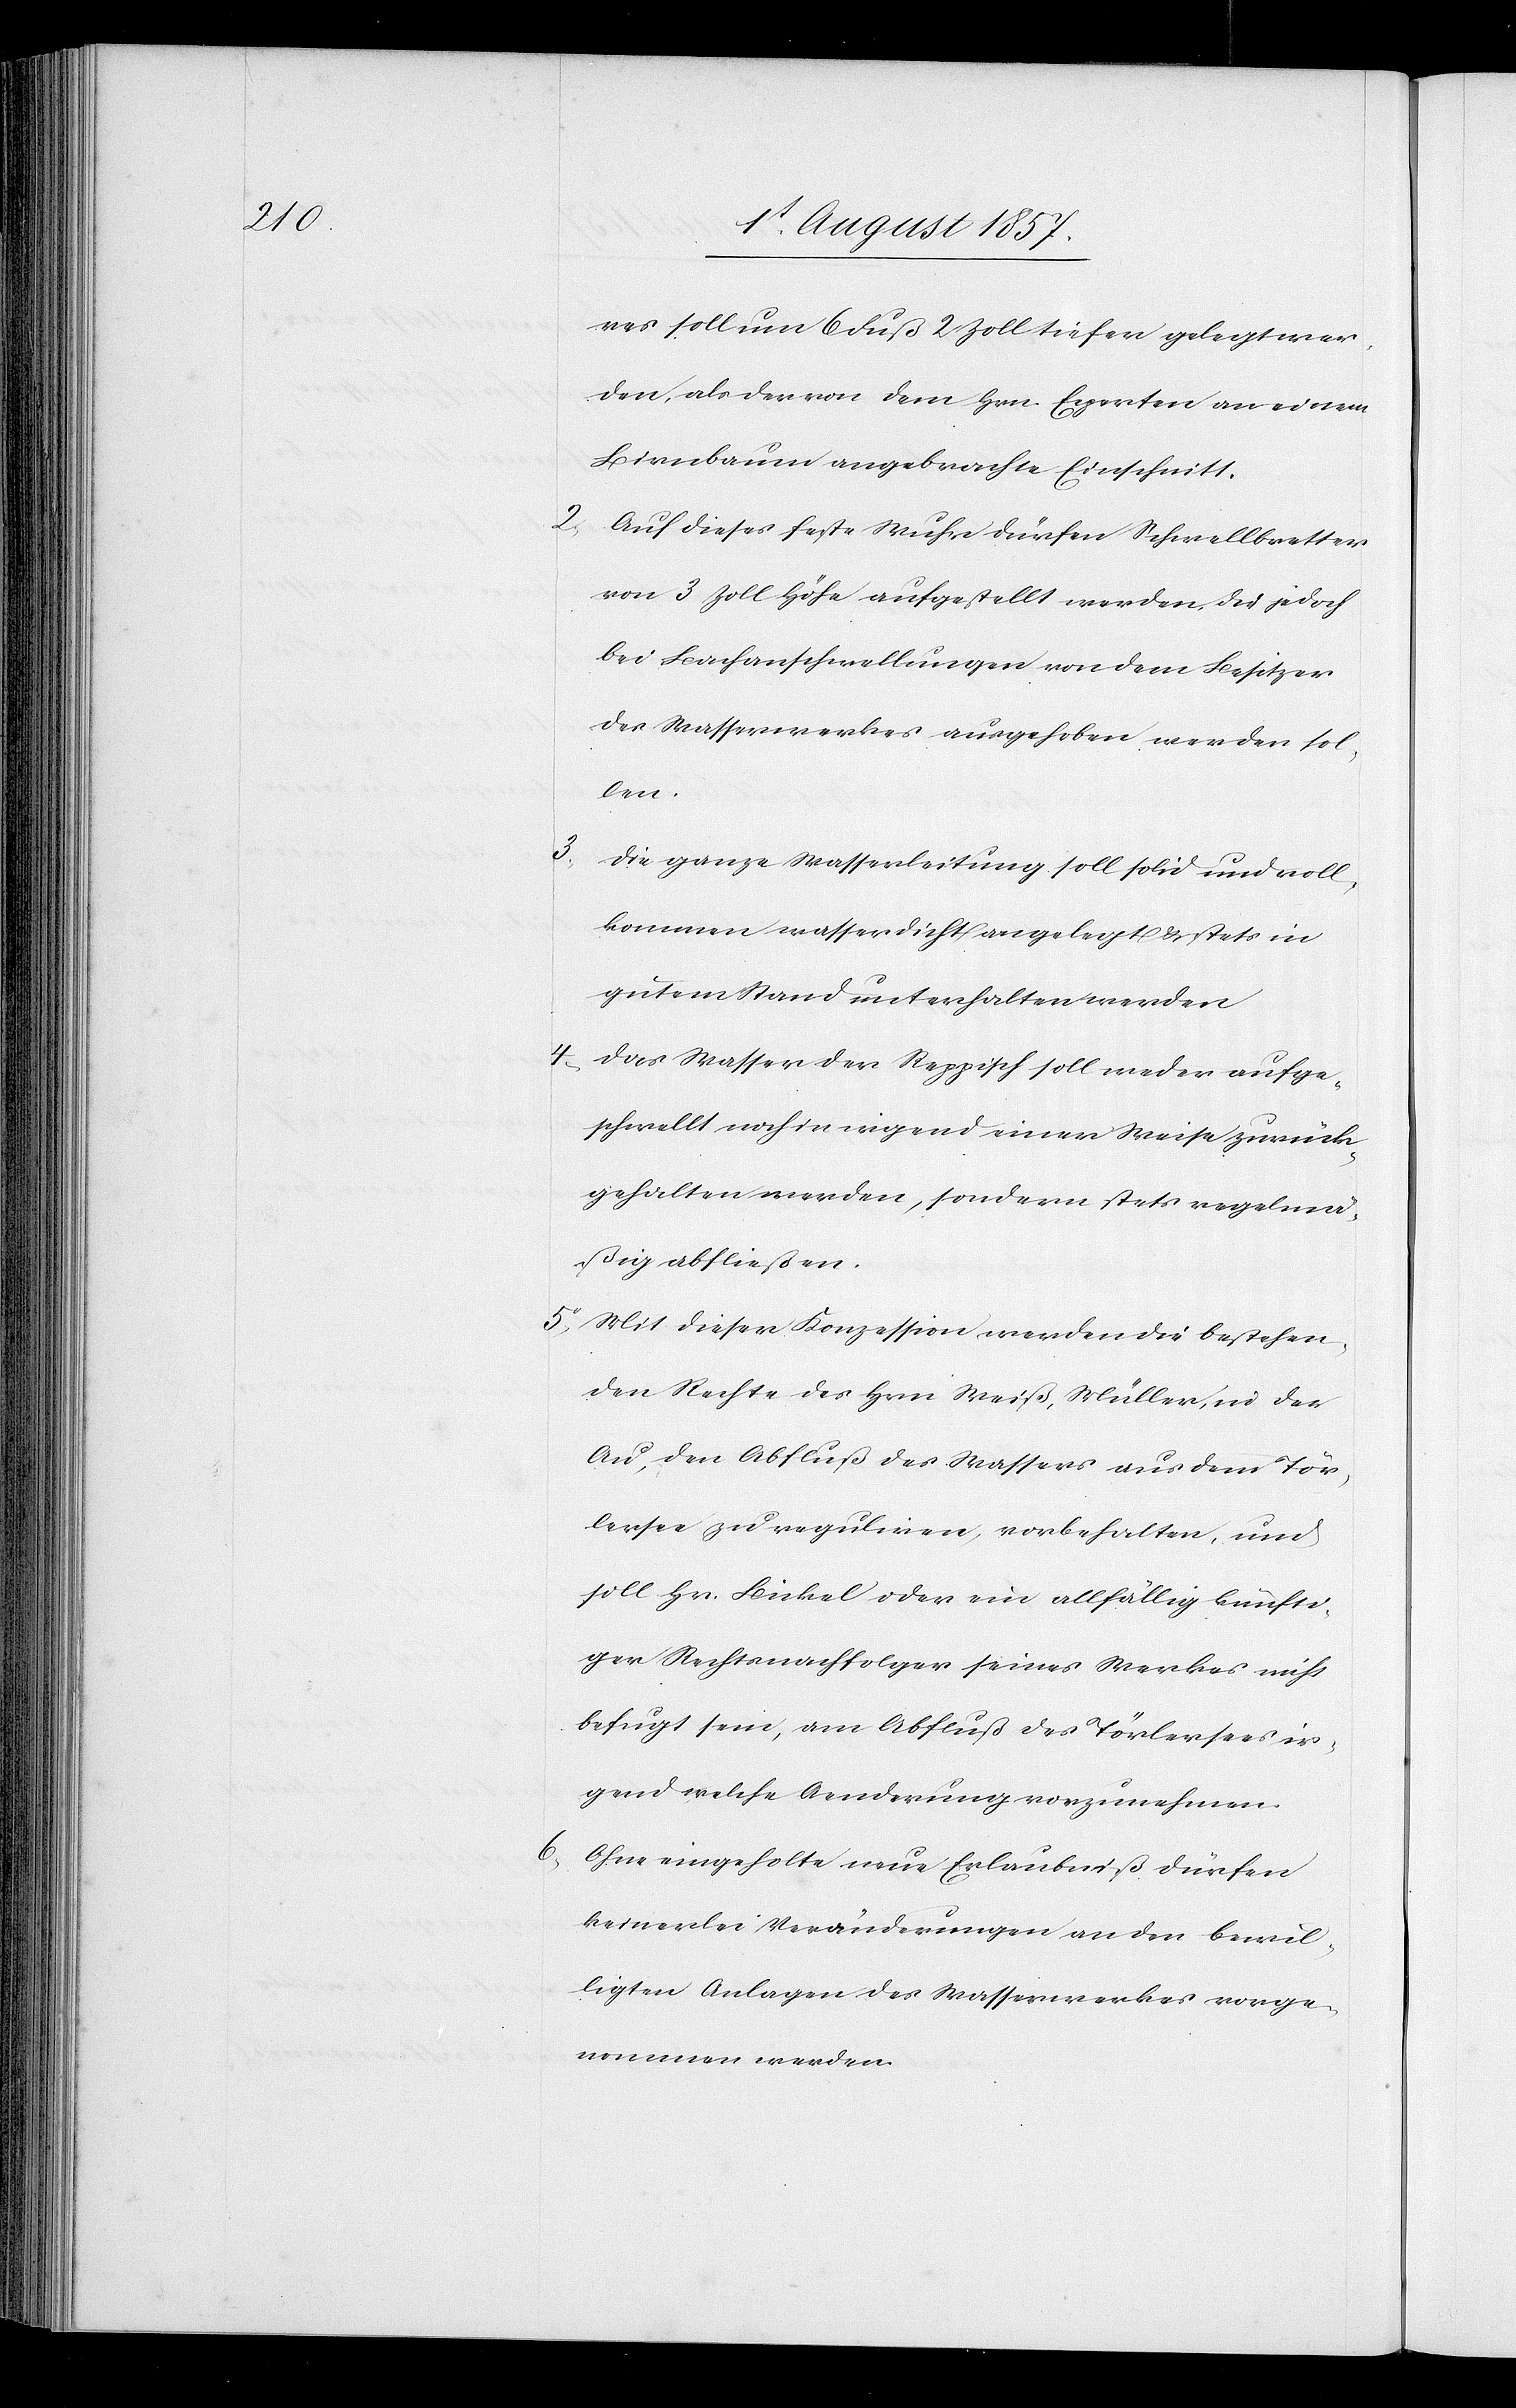
6.

4.

3.

res soll um 6 Fuß 2 Zoll tiefer gelegt wer¬
den, als der von dem Hrn. Experten an einem
Birnbaum angebrachte Einschnitt.
Auf dieses feste Wuhr dürfen Schwellbretter
von 3 Zoll Höhe aufgestellt werden, die jedoch
bei Bachanschwellungen von dem Besitzer
des Wasserwerkes aufgehoben werden sol¬
len.
Die ganze Wasserleitung soll solid und voll¬
kommen wasserdicht angelegt & stets in
gutem Stand unterhalten werden.
Das Wasser der Reppisch soll weder aufge¬
schwellt noch in irgend einer Weise zurück¬
gehalten werden, sondern stets regelmä¬
ßig abfließen.
5. Mit dieser Konzession werden die bestehen¬
den Rechte des Herrn Weiß, Müller, in der
Au, der Abfluß des Wassers aus dem Tör¬
lersee [sic!] zu reguliren, vorbehalten, und
soll Hr. Bickel oder ein allfällig künfti¬
ger Rechtsnachfolger seines Werkes nicht
befugt sein, am Abfluß des Törlersees ir¬
gend welche Aenderung vorzunehmen.
Ohne eingeholte neue Erlaubniß dürfen
keinerlei Veränderungen an den bewil¬
ligten Anlagen des Wasserwerkes vorge¬
nommen werden.